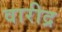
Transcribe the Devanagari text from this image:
वारीद्र